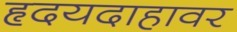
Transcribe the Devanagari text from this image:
हृदयदाहावर